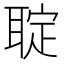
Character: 聢